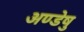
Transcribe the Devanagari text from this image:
अण्डेषु